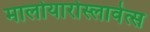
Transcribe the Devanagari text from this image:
मालोयारोस्लावेत्स